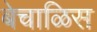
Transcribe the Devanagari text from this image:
बेचाळिस